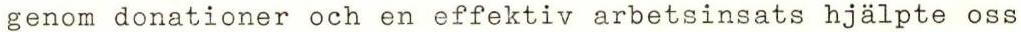
genom donationer och en effektiv arbetsinsats hjälpte oss